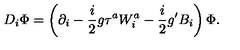
D _ { i } \Phi = \left( \partial _ { i } - \frac { i } { 2 } g \tau ^ { a } W _ { i } ^ { a } - \frac { i } { 2 } g ^ { \prime } B _ { i } \right) \Phi .